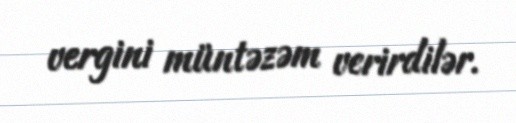
vergini müntəzəm verirdilər.